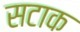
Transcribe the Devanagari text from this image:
सटाक